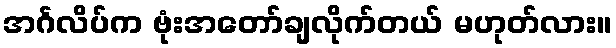
အင်္ဂလိပ်က ဗုံးအတော်ချလိုက်တယ် မဟုတ်လား။